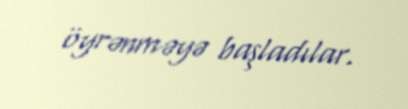
öyrənməyə başladılar.